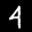
Label: 4